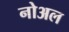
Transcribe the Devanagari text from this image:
नोअल